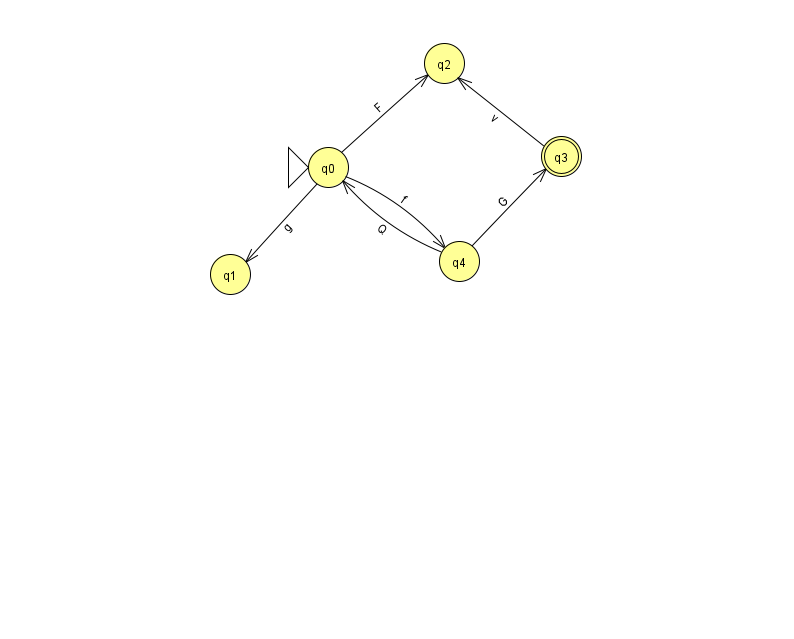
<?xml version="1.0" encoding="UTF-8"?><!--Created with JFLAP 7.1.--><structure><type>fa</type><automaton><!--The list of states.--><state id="0" name="q0"><x>328.0</x><y>154.0</y><initial/></state><state id="1" name="q1"><x>230.0</x><y>261.0</y></state><state id="2" name="q2"><x>444.0</x><y>50.0</y></state><state id="3" name="q3"><x>561.0</x><y>143.0</y><final/></state><state id="4" name="q4"><x>459.0</x><y>248.0</y></state><!--The list of transitions.--><transition><from>3</from><to>2</to><read>v</read></transition><transition><from>0</from><to>4</to><read>f</read></transition><transition><from>4</from><to>0</to><read>Q</read></transition><transition><from>4</from><to>3</to><read>G</read></transition><transition><from>0</from><to>2</to><read>F</read></transition><transition><from>0</from><to>1</to><read>g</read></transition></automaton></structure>